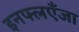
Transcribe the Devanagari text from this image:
इनफ्लएँजा